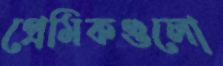
প্রেমিকগুলো